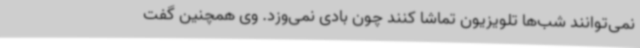
نمی‌توانند شب‌ها تلویزیون تماشا کنند چون بادی نمی‌وزد. وی همچنین گفت